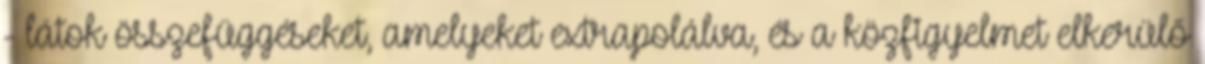
- látok összefüggéseket, amelyeket extrapolálva, és a közfigyelmet elkerülő